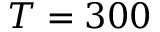
T = 3 0 0